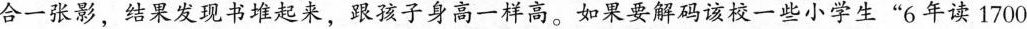
合一张影，结果发现书堆起来，跟孩子身高一样高。如果要解码该校一些小学生”6年读1700